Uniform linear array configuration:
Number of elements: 48
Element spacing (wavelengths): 0.25
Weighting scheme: blackman
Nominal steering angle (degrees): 15
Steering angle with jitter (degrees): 14.84
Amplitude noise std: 0.05
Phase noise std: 0.05

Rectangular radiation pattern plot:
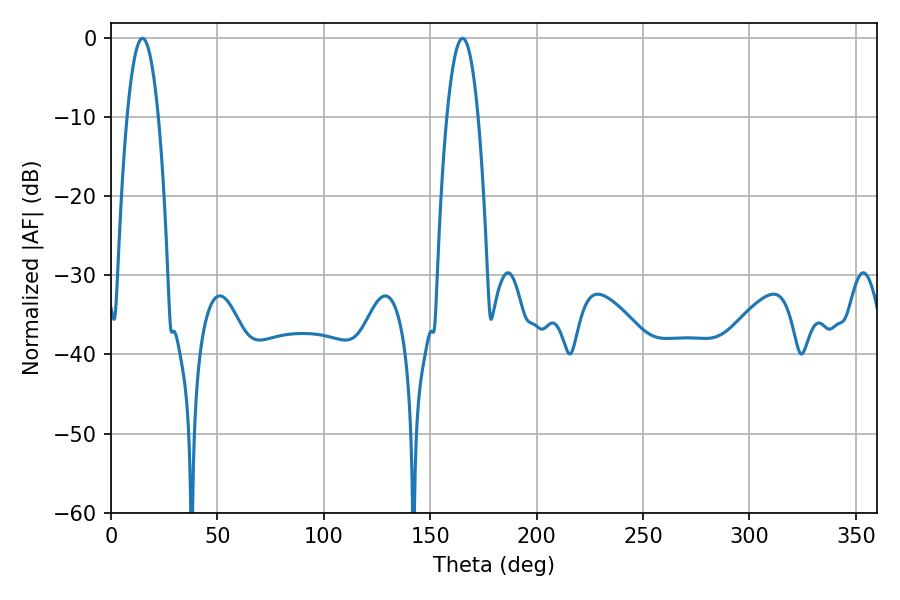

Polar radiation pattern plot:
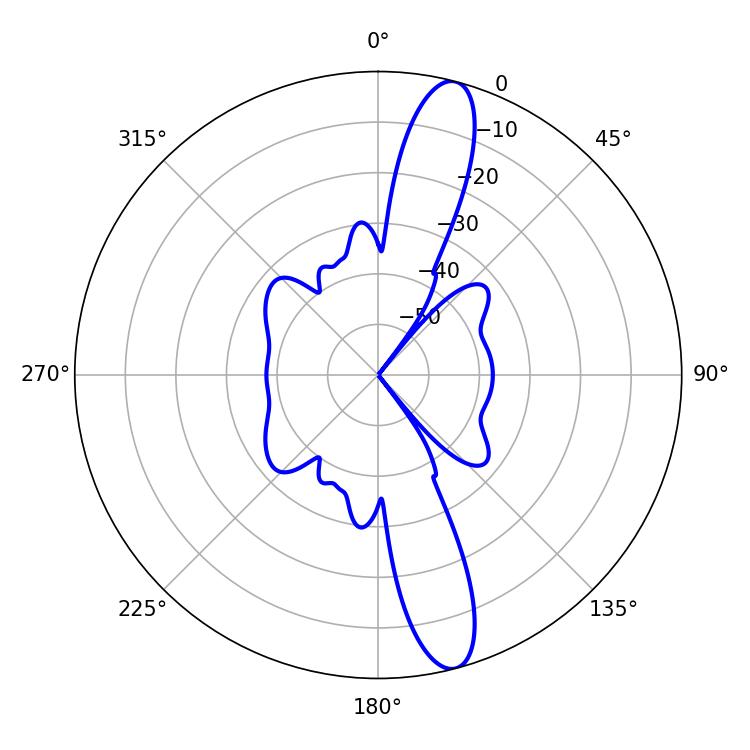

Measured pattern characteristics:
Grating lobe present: FALSE
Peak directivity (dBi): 14.117
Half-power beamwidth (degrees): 8.1
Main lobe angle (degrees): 14.76